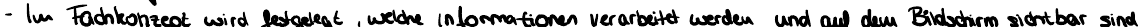
im Fachkonzept wird festgelegt, welche Informationen verarbeitet werden und auf dem Bildschirm sichtbar sind